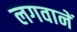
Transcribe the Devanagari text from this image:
लगवानें